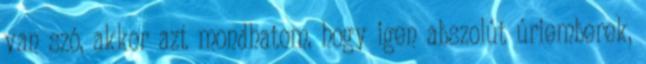
van szó, akkor azt mondhatom, hogy igen abszolút úriemberek,